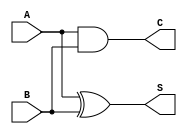
module threshold_half_adder (
    input wire A,      // First binary input
    input wire B,      // Second binary input
    output wire S,     // Sum output
    output wire C      // Carry output
);

// Sum output: S = 1 if exactly one of A or B is high
assign S = (A ^ B); // XOR operation for sum

// Carry output: C = 1 if both A and B are high
assign C = A & B;   // AND operation for carry

endmodule